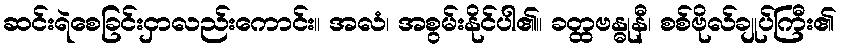
ဆင်းရဲစေခြင်းငှာလည်းကောင်း။ အလံ၊ အစွမ်းနိုင်ပါ၏။ ခတ္ထဗန္ဓုနီ၊ စစ်ဗိုလ်ချုပ်ကြီး၏